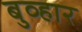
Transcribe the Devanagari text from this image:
बुव्हार